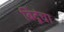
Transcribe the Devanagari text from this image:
बिंदूंचा